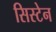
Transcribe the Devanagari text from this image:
सिस्टेन